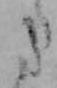
た